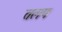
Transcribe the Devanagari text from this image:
तलप